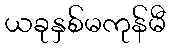
ယခုနှစ်မကုန်မီ